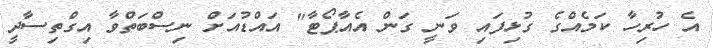
އެ ހުރިހާ ކަމެއްގެ ގުޅިފައި ވަނީ ގަން އެއާޕޯޓާ" އައްޑުއަށް ނިސްބަތްވާ އިގްތިސާދީ